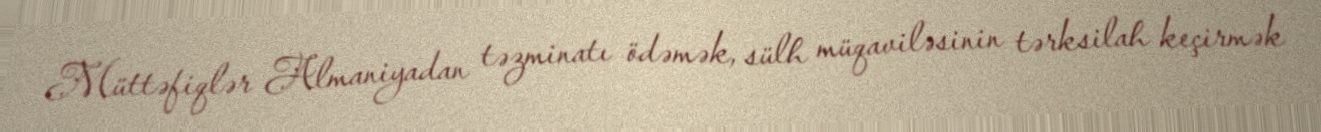
Müttəfiqlər Almaniyadan təzminatı ödəmək, sülh müqaviləsinin tərksilah keçirmək